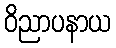
ဝိညာပနာယ